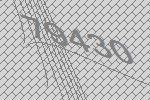
79430